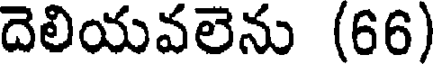
దెలియవలెను (66)